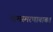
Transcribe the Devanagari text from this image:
नामस्मरणाबाबत